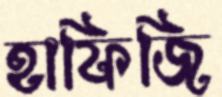
হাফিজি